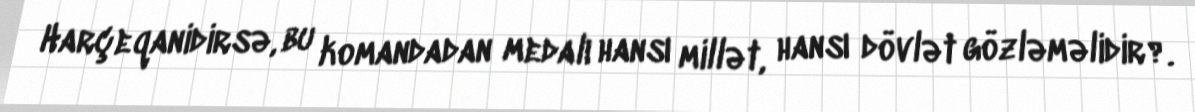
Harçeqanidirsə, bu komandadan medalı hansı millət, hansı dövlət gözləməlidir?.